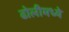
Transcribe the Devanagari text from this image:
ढोलीमध्ये